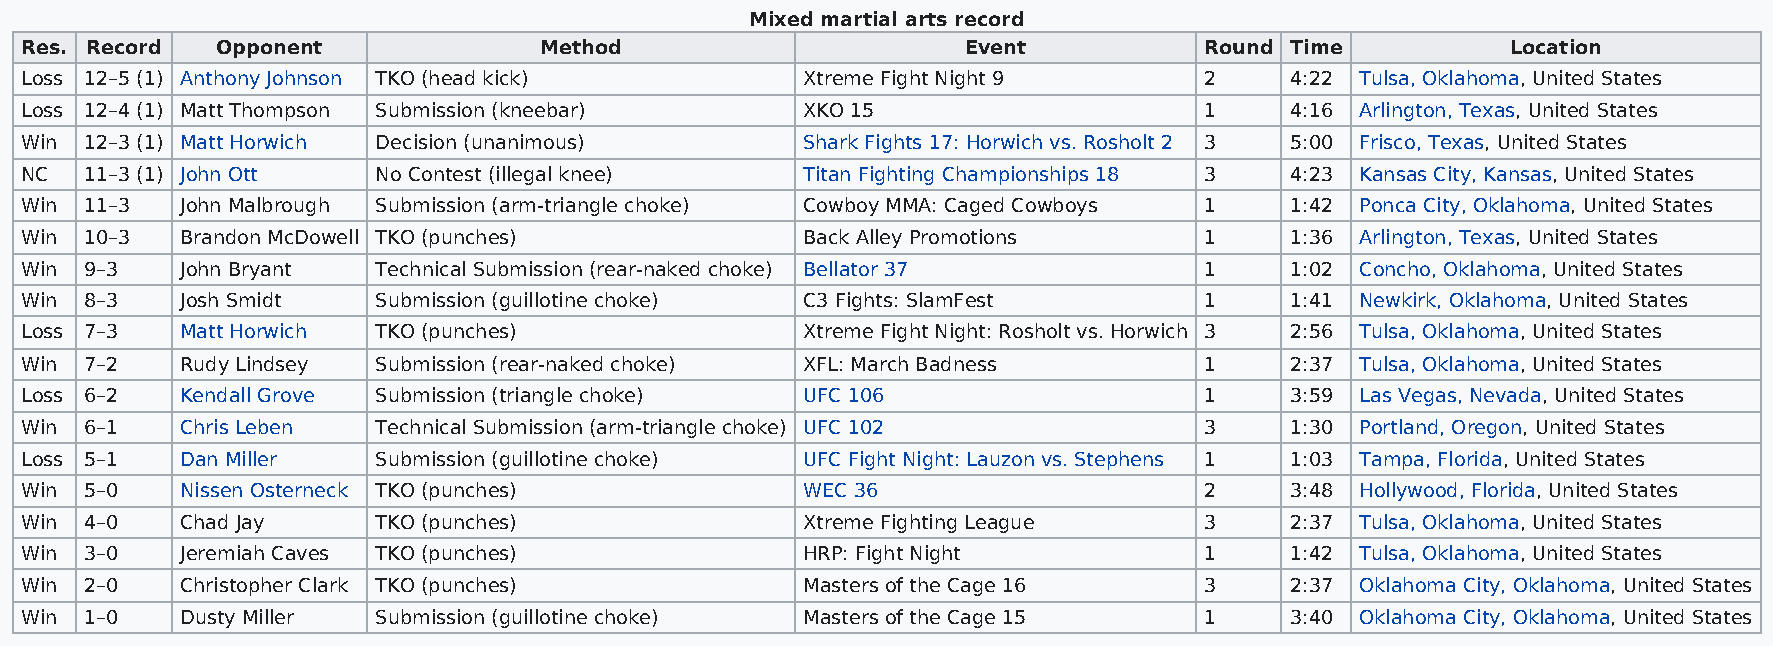
Mixed martial arts record
 Res. Record  Opponent              Method                      Event           Round Time          Location
 Loss 12–5 (1) Anthony Johnson TKO (head kick)       Xtreme Fight Night 9       2    4:22 Tulsa, Oklahoma, United States
 Loss 12–4 (1) Matt Thompson Submission (kneebar)    XKO 15                     1    4:16 Arlington, Texas, United States
 Win  12–3 (1) Matt Horwich Decision (unanimous)     Shark Fights 17: Horwich vs. Rosholt 2 3 5:00 Frisco, Texas, United States
 NC   11–3 (1) John Ott  No Contest (illegal knee)   Titan Fighting Championships 18 3 4:23 Kansas City, Kansas, United States
 Win  11–3  John Malbrough Submission (arm-triangle choke) Cowboy MMA: Caged Cowboys 1 1:42 Ponca City, Oklahoma, United States
 Win  10–3  Brandon McDowell TKO (punches)           Back Alley Promotions      1    1:36 Arlington, Texas, United States
 Win  9–3   John Bryant  Technical Submission (rear-naked choke) Bellator 37    1    1:02 Concho, Oklahoma, United States
 Win  8–3   Josh Smidt   Submission (guillotine choke) C3 Fights: SlamFest      1    1:41 Newkirk, Oklahoma, United States
 Loss 7–3   Matt Horwich TKO (punches)               Xtreme Fight Night: Rosholt vs. Horwich 3 2:56 Tulsa, Oklahoma, United States
 Win  7–2   Rudy Lindsey Submission (rear-naked choke) XFL: March Badness       1    2:37 Tulsa, Oklahoma, United States
 Loss 6–2   Kendall Grove Submission (triangle choke) UFC 106                   1    3:59 Las Vegas, Nevada, United States
 Win  6–1   Chris Leben  Technical Submission (arm-triangle choke) UFC 102      3    1:30 Portland, Oregon, United States
 Loss 5–1   Dan Miller   Submission (guillotine choke) UFC Fight Night: Lauzon vs. Stephens 1 1:03 Tampa, Florida, United States
 Win  5–0   Nissen Osterneck TKO (punches)           WEC 36                     2    3:48 Hollywood, Florida, United States
 Win  4–0   Chad Jay     TKO (punches)               Xtreme Fighting League     3    2:37 Tulsa, Oklahoma, United States
 Win  3–0   Jeremiah Caves TKO (punches)             HRP: Fight Night           1    1:42 Tulsa, Oklahoma, United States
 Win  2–0   Christopher Clark TKO (punches)          Masters of the Cage 16     3    2:37 Oklahoma City, Oklahoma, United States
 Win  1–0   Dusty Miller Submission (guillotine choke) Masters of the Cage 15   1    3:40 Oklahoma City, Oklahoma, United States